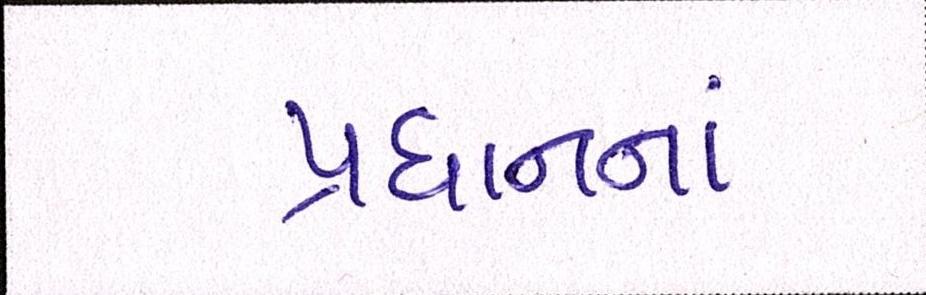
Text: પ્રધાનનાં